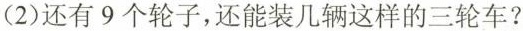
(2)还有9个轮子，还能装几辆这样的三轮车?